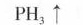
P H ^ { 3 } \uparrow$$